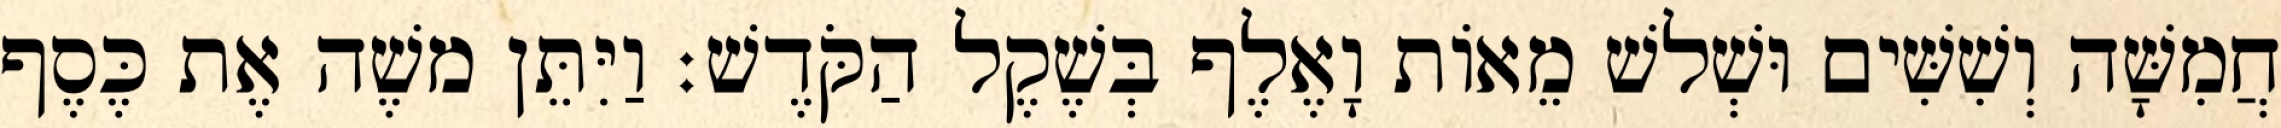
חֲמִשָּׁה וְשִׁשִּׁים וּשְׁלשׁ מֵאוֹת וָאֶלֶף בְּשֶׁקֶל הַקֹּדֶשׁ׃ וַיִּתֵּן משֶׁה אֶת כֶּסֶף